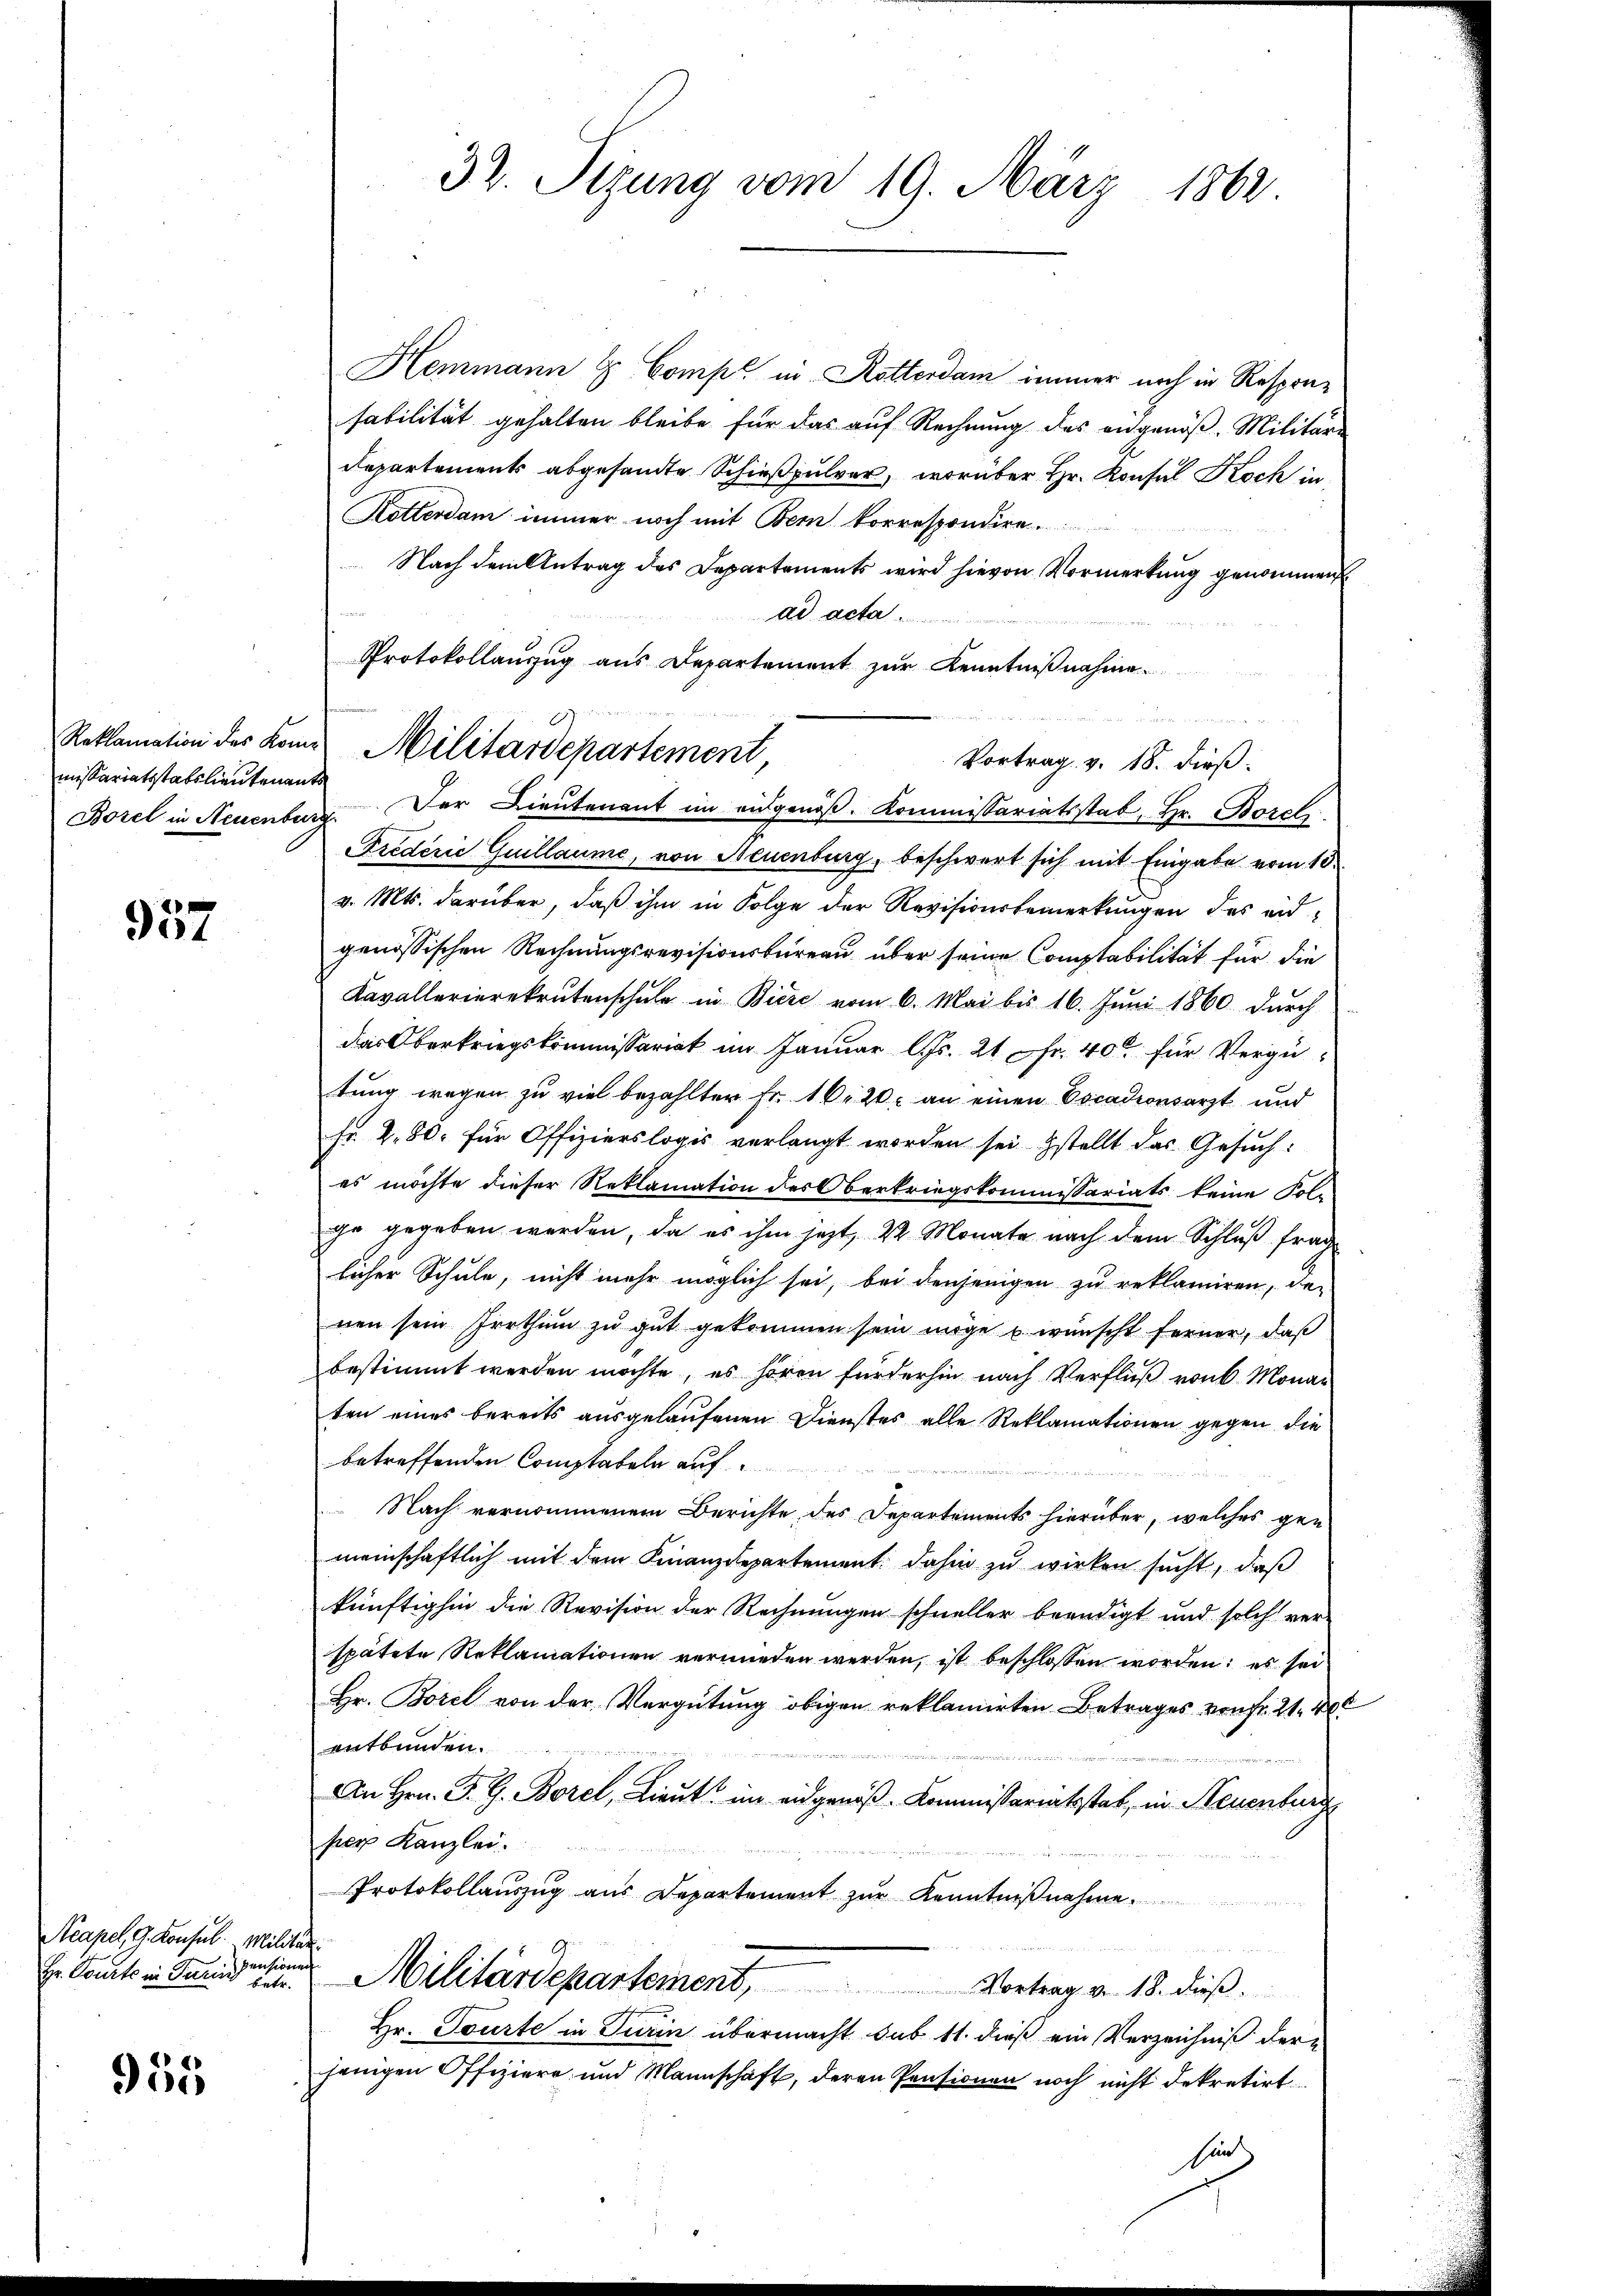
missariatsstattlieutenants

957

Acapel 9. Konsul Milit
pensionen

955

Hemmann & Comp. in Rotterdam immer noch in Resprasabilität gehalten bleibe für das auf Rechnung des angenoß Militäre
Departements abgesandte Schießpulver, worüber Hr. Konsul Koch in
Ketterdam immer noch mit Bern korrespondire.
Nach dem Antrag des Departements wird hievon Vormerkung genommen
ad acta
Protokollauszug aus Departement zur Kenntnißnahme.
Vortrag v. 18. dieß.
Borel in Neuenburg. Der Lieutenant im eidgenöß. Kommissariatsstab, Hr. Borch
Frederić Guillaume, von Neuenburg, beschwert sich mit Eingabe vom 10.
v. Mts. darüber, daß ihm in Folge der Revisionsbemerkungen des eid-
genössischen Rechnungsrevisionsbüreau über seine Comptabilität für die
Kavallerierekrutenschule in Biere vom 6. Mai bis 16. Juni 1860 durch
das Oberkriegskommissariat im Januar l. Js. 21 Fr. 400 für Vergütung wegen zu viel bezahlter Fr. 16. 20. an einen Cocadionsarzt und
Fr. 280. für Offizierslogis verlangt worden sei stellt das Gesuch:
es möchte dieser Reklamation des Oberkriegskommissariats keine Folg
ge gegeben werden, da es ihm jetzt 22. Monate nach dem Schluß frag
licher Schule, nicht mehr möglich sei, bei denjenigen zu reklamiren, den
nen sein Irrthum zu gut gekommen sein möge u. wünscht ferner, daß
bestimmt werden möchte, es hören fürderhin nach Verfluß von 6 Monar
ten eines bereits ausgelaufenen Dienstes alle Reklamationen gegen die
betreffenden Constabeln auf
 Nach vernommenem Berichte des Departements hierüber, welches gen
meinschaftlich mit dem Finanzdepartement dahin zu wirken sucht, daß
künftighin die Revision der Rechnungen schneller beendigt und solch ver-
spätete Reklamationen vermieden werden, ist beschlossen worden; es sei
Hr. Borel von der Vergütung obigen reklamirten Betrages von fr. 21. 40
entbunden.
An Hrn. F. G. Borel, Lieut. im eidgenöß- Kommissariatsstat, in Neuenburg
per Kanzlei.
Protokollauszug aus Departement zur Kenntnißnahme.
¬
Erlaut in den in Militärdepartement, Vortrag v. 18. dieß.
Hr. Tourte in Turin übermacht sub 11. dieß ein Verzeichniß der
jenigen Offiziere und Mannschaft, deren Pensionen noch nicht dekretirt.
sein

37. Itzung vom 19. März 1862

Reklamation der kam Militärdepartement